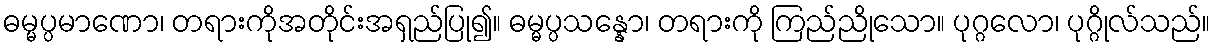
ဓမ္မပ္ပမာဏော၊ တရားကိုအတိုင်းအရှည်ပြု၍။ ဓမ္မပ္ပသန္နော၊ တရားကို ကြည်ညိုသော။ ပုဂ္ဂလော၊ ပုဂ္ဂိုလ်သည်။